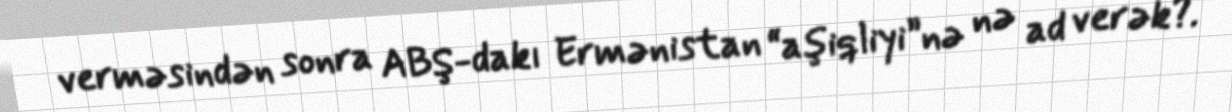
verməsindən sonra ABŞ-dakı Ermənistan “aşiqliyi”nə nə ad verək?.